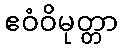
ဧဝံဝိမုတ္တာ